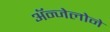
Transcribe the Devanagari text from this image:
ॲन्जेलोने